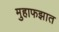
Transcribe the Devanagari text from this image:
मुहाफझात